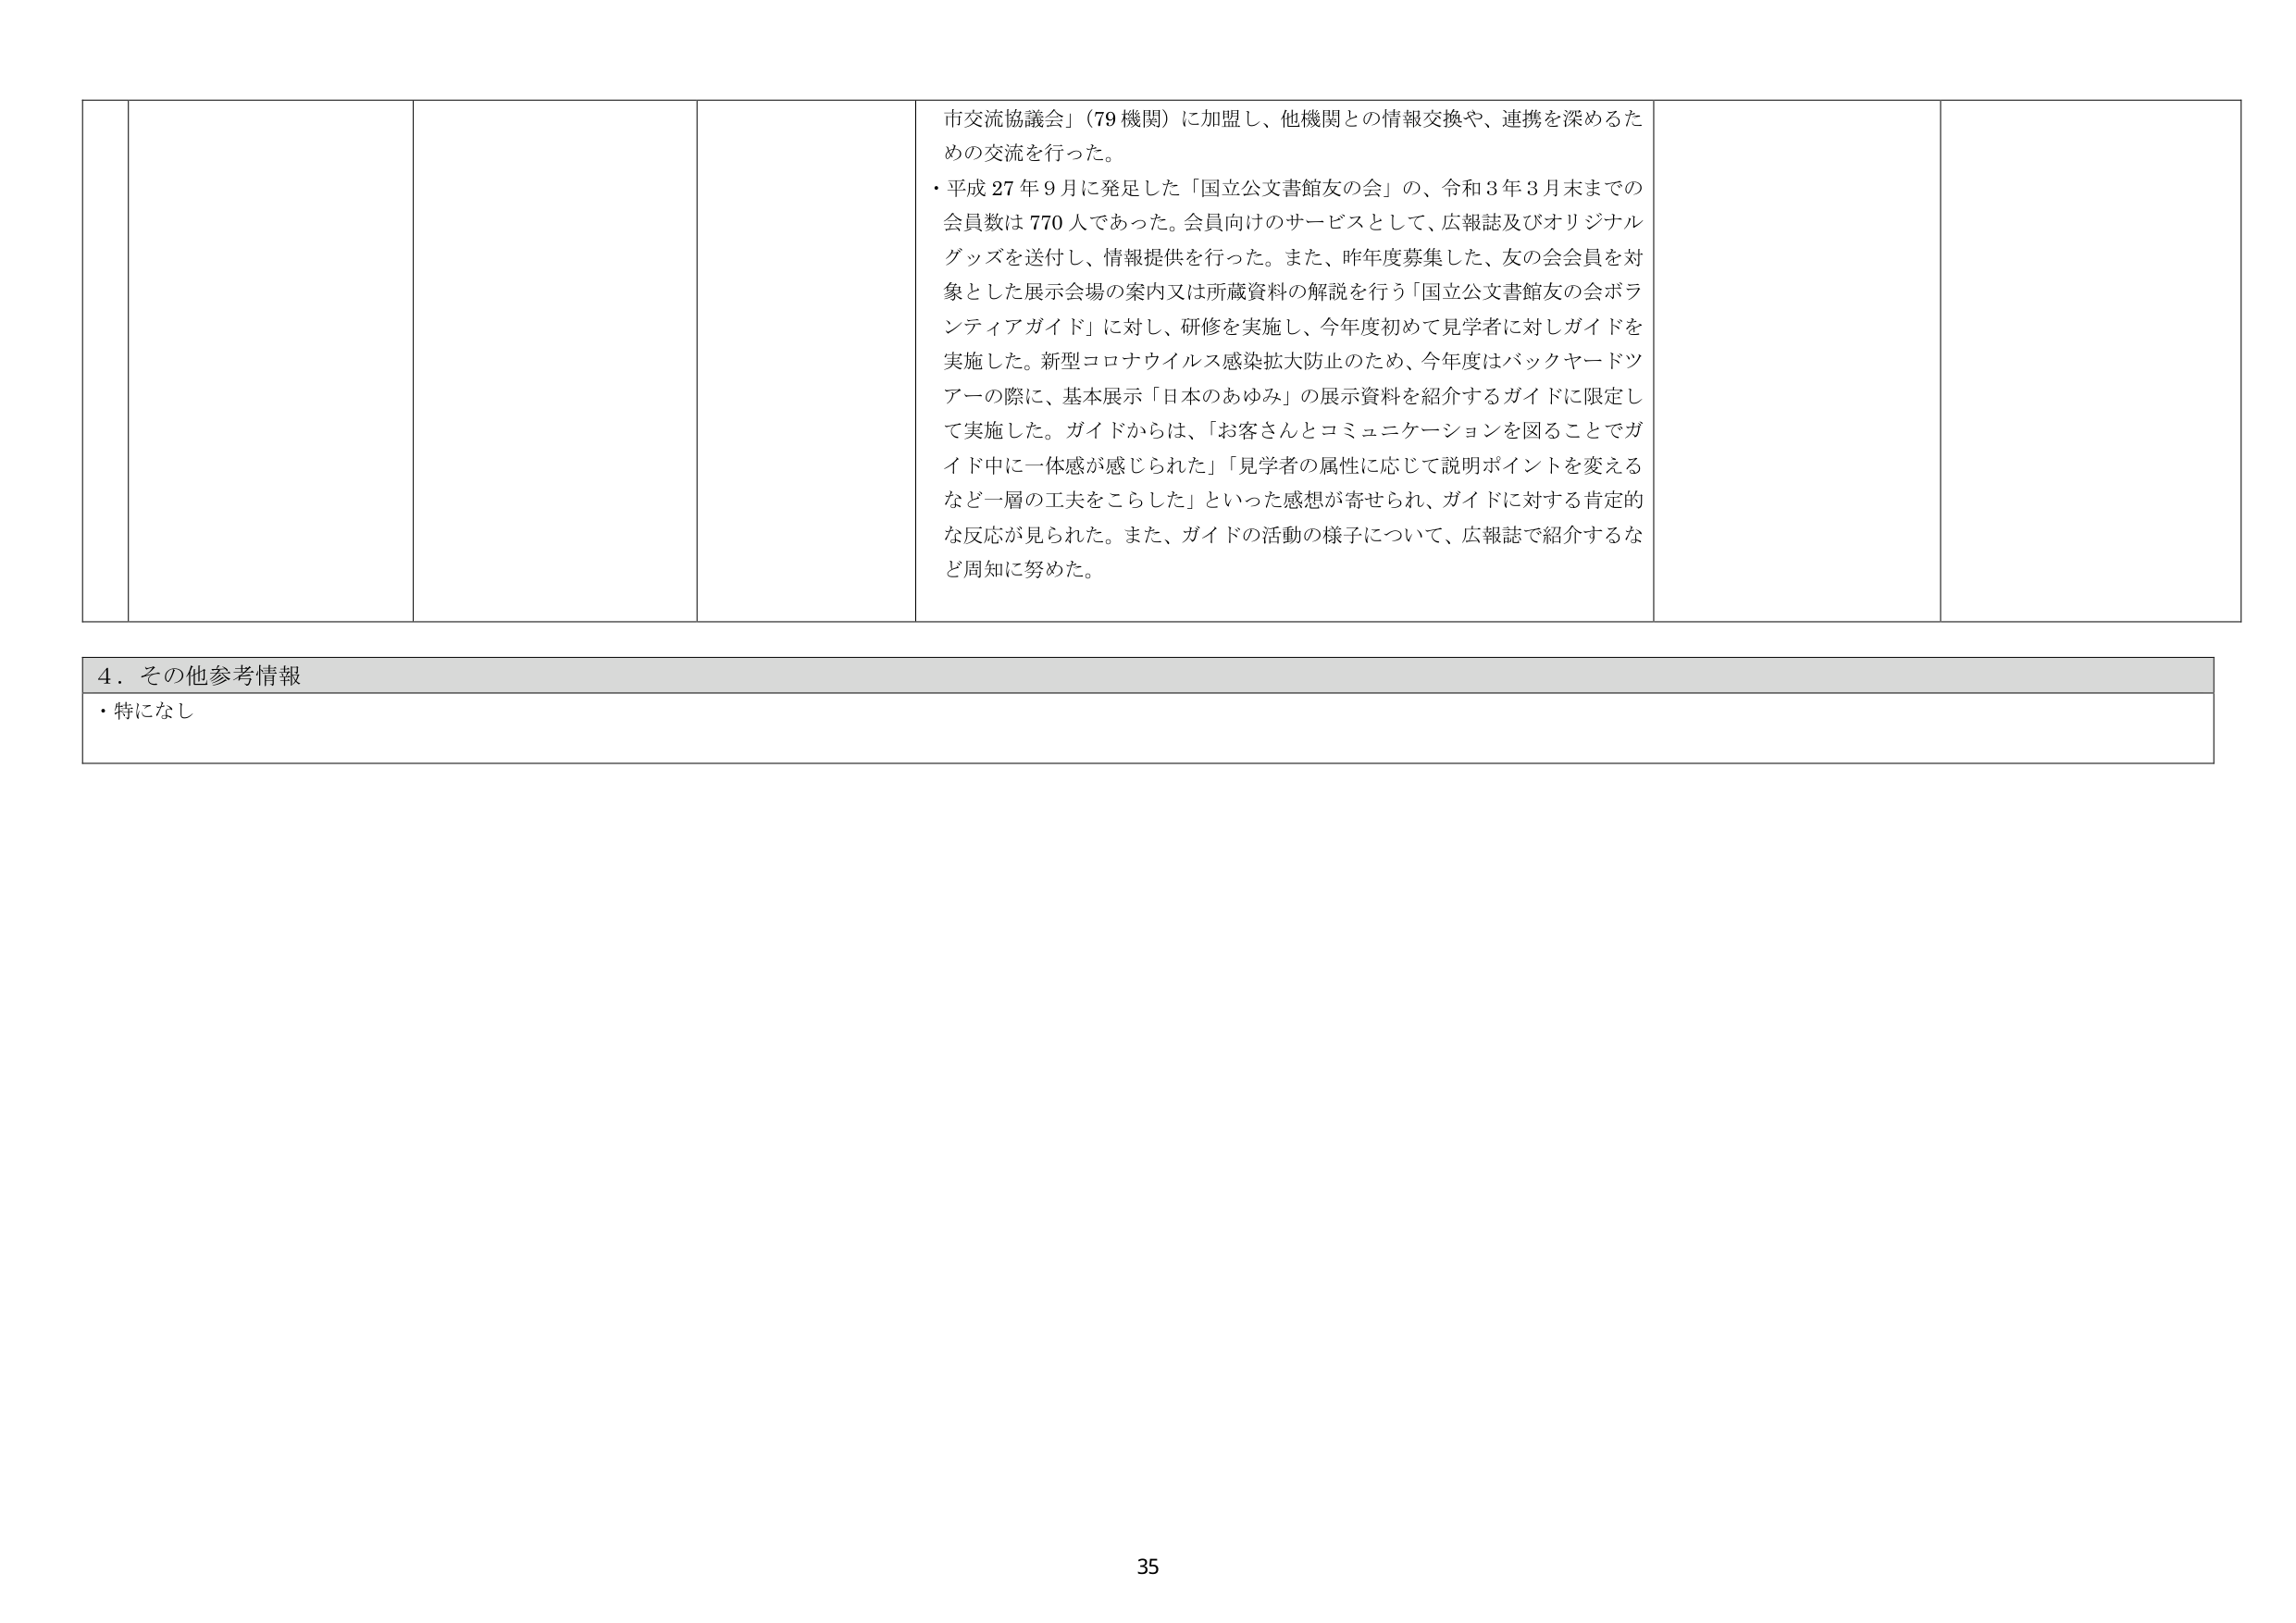
市交流協議会」（79機関）に加盟し、他機関との情報交換や、連携を深めるための交流を行った。
・平成27年9月に発足した「国立公文書館友の会」の、令和3年3月末までの会員数は770人であった。会員向けのサービスとして、広報誌及びオリジナルグッズを送付し、情報提供を行った。また、昨年度募集した、友の会会員を対象とした展示会場の案内又は所蔵資料の解説を行う「国立公文書館友の会ボランティアガイド」に対し、研修を実施し、今年度初めて見学者に対しガイドを実施した。新型コロナウイルス感染拡大防止のため、今年度はバックヤードツアーの際に、基本展示「日本のあゆみ」の展示資料を紹介するガイドに限定して実施した。ガイドからは、「お客さんとコミュニケーションを図ることでガイド中に一体感が感じられた」「見学者の属性に応じて説明ポイントを変えるなど一層の工夫をこらした」といった感想が寄せられ、ガイドに対する肯定的な反応が見られた。また、ガイドの活動の様子について、広報誌で紹介するなど周知に努めた。

4．その他参考情報
・特になし

35